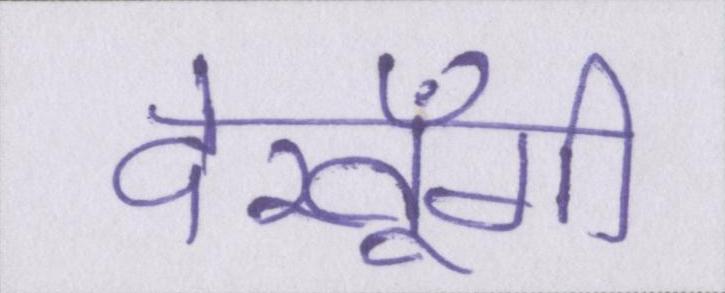
देखूँगी